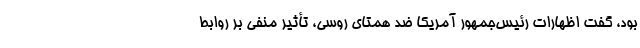
بود، گفت اظهارات رئیس‌جمهور آمریکا ضد همتای روسی، تأثیر منفی بر روابط